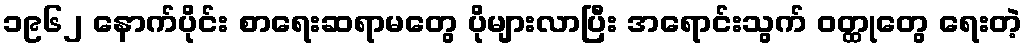
၁၉၆၂ နောက်ပိုင်း စာရေးဆရာမတွေ ပိုများလာပြီး အရောင်းသွက် ဝတ္ထုတွေ ရေးတဲ့